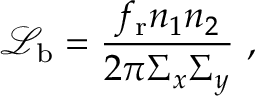
{ \mathcal L } _ { \mathrm b } = \frac { f _ { \mathrm r } n _ { 1 } n _ { 2 } } { { 2 \pi \Sigma _ { x } \Sigma _ { y } } } ~ ,